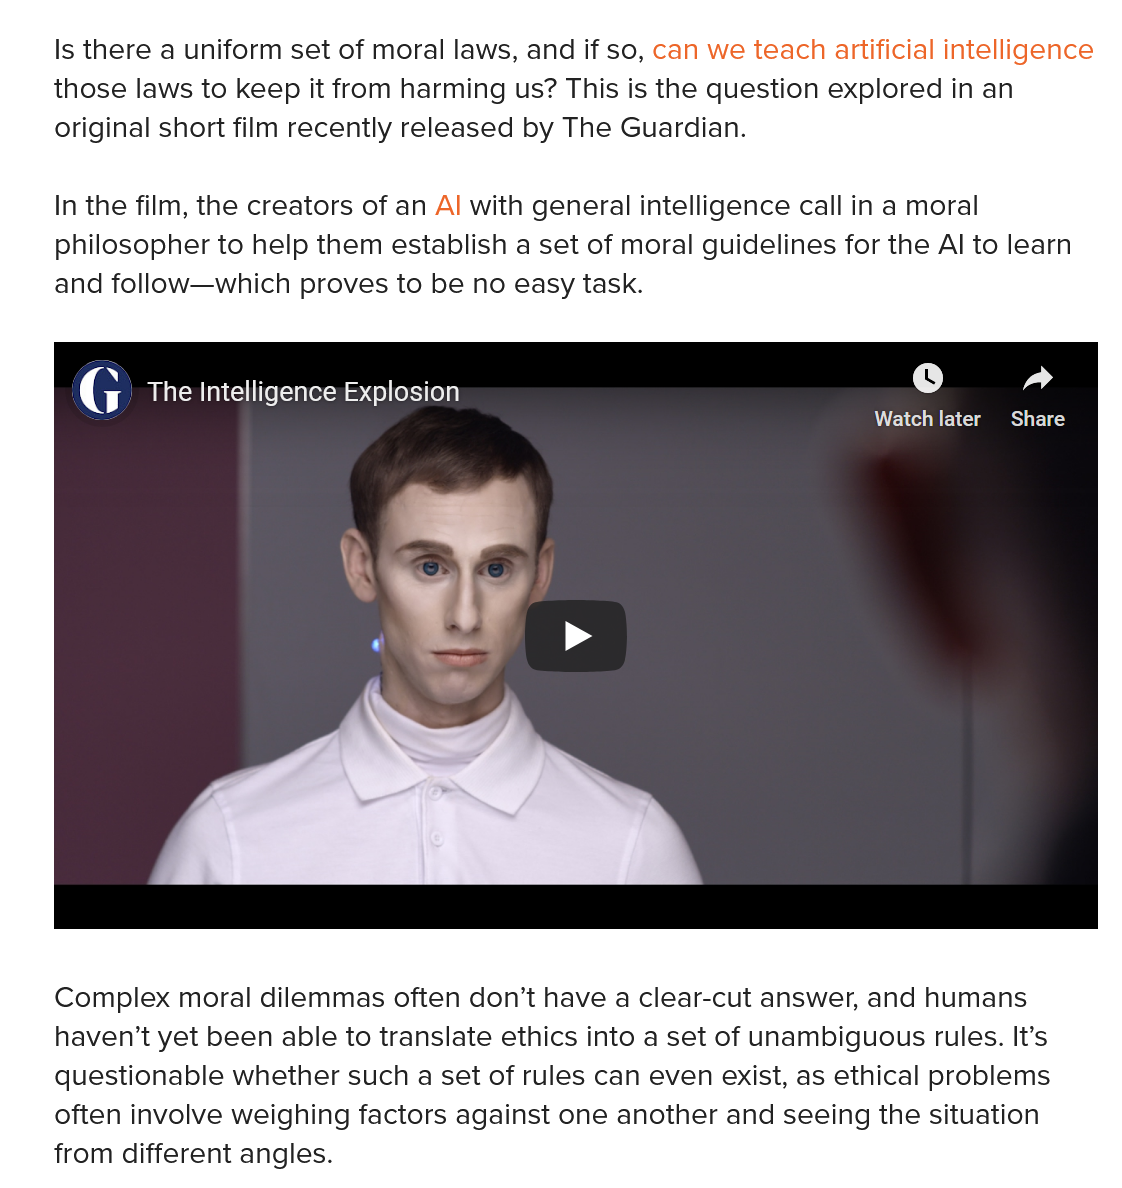
In the film, the creators of an Al with general intelligence call in a moral
    philosopher to help them establish a set of moral guidelines for the Al to learn
    and follow—which proves to be no easy task.
     The Intelligence Explosion
     Watch later Share
    Is there a uniform set of moral laws, and if so, can we teach artificial intelligence
    those laws to keep it from harming us? This is the question explored in an
    original short film recently released by The Guardian.
    Complex  moral dilemmas often don’t have a clear-cut answer, and humans
    haven’t yet been able to translate ethics into a set of unambiguous rules. It’s
    questionable whether such a set of rules can even exist, as ethical problems
    often involve weighing factors against one another and seeing the situation
    from different angles.
     y
     ,    ,
     G   The Intelligence Explosion
     CY    a
     MEN NESTLE